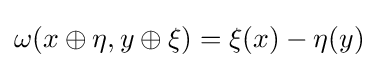
\omega (x\oplus \eta ,y\oplus \xi )=\xi (x)-\eta (y)